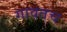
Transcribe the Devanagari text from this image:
गावतच